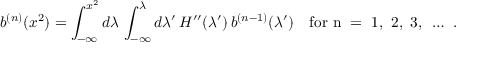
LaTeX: b ^ { ( n ) } ( x ^ { 2 } ) = \int _ { - \infty } ^ { x ^ { 2 } } d \lambda \, \int _ { - \infty } ^ { \lambda } d \lambda ^ { \prime } \, H ^ { \prime \prime } ( \lambda ^ { \prime } ) \, b ^ { ( n - 1 ) } ( \lambda ^ { \prime } ) \quad \mathrm { f o r ~ n ~ = ~ 1 , ~ 2 , ~ 3 , ~ \dots ~ . }